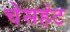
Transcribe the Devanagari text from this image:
चेसहंट